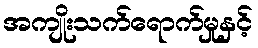
အကျိုးသက်ရောက်မှုနှင့်